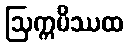
ဩက္ကမိဿထ